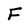
Character: F